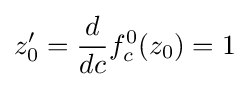
z_{0}'={\frac {d}{dc}}f_{c}^{0}(z_{0})=1